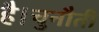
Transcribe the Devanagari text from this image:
है।चुनौती